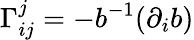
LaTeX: \Gamma_{ij}^{j}=-b^{-1}(\partial_{i}b)